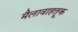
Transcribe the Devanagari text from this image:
मैलावाहतूक